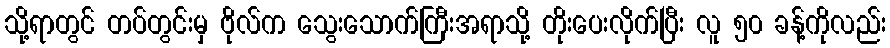
သို့ရာတွင် တပ်တွင်းမှ ဗိုလ်က သွေးသောက်ကြီးအရာသို့ တိုးပေးလိုက်ပြီး လူ ၅၀ ခန့်ကိုလည်း